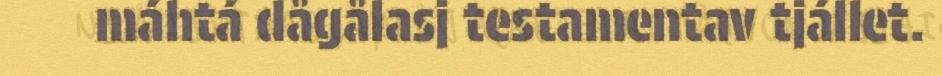
máhtá dågålasj testamentav tjállet.